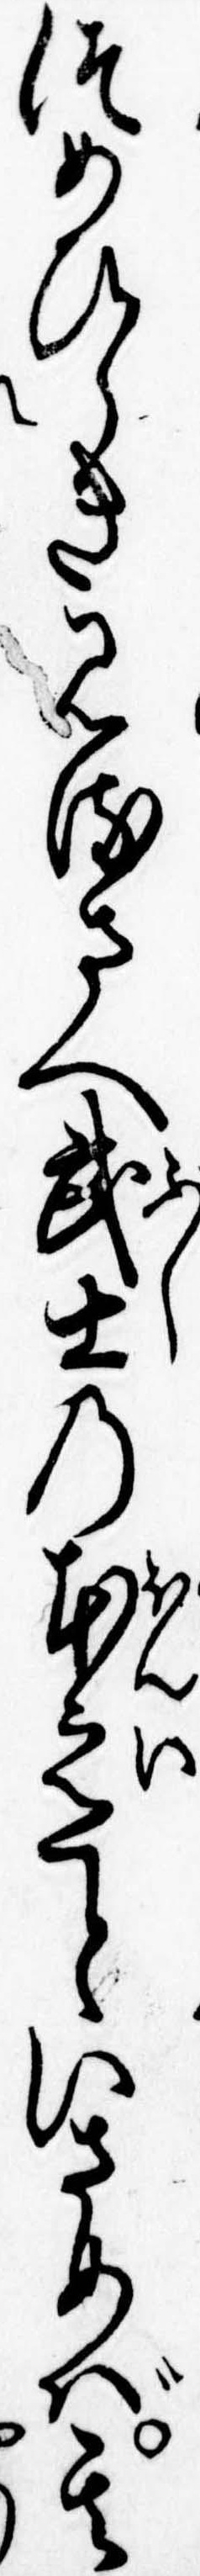
つめひらき見るさへ武士の本意といさめば其